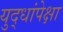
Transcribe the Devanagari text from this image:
युद्धांपेक्षा